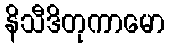
နိသီဒိတုကာမော